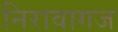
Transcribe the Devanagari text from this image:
निरावागज